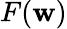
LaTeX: F(\mathbf{w})